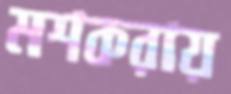
মশকরায়